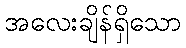
အလေးချိန်ရှိသော